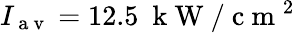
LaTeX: I_{\mathrm{~a~v~}}=12.5~\mathrm{~k~W~}/\mathrm{~c~m~}^{2}